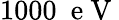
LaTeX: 1000~\mathrm{~e~V~}